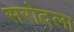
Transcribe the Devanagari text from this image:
सरोदला